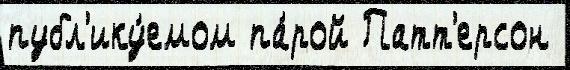
публ'ику́емом па́рой Патт'ерсон